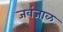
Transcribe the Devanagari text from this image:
जवंजाळ